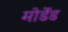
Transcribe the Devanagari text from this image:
मोर्डेड